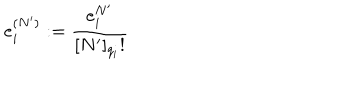
e _ { i } ^ { ( N ^ { \prime } ) } : = \frac { e _ { i } ^ { N ^ { \prime } } } { [ N ^ { \prime } ] _ { q _ { i } } ! }